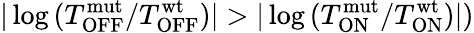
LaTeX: |\log{(T_{\mathrm{OFF}}^{\mathrm{mut}}/T_{\mathrm{OFF}}^{\mathrm{wt}})}|>|\log{(T_{\mathrm{ON}}^{\mathrm{mut}}/T_{\mathrm{ON}}^{\mathrm{wt}})}|)